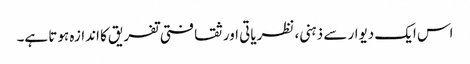
اس ایک دیوار سے ذہنی، نظریاتی اور ثقافتی تفریق کا اندازہ ہوتا ہے۔